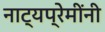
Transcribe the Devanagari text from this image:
नाट्यप्रेमींनी